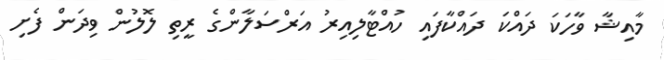
މާއިޝާ ވާހަކަ ދައްކަ ދައްކާފައި ހުއްޓާލިއިރު އަރްސަލާންގެ ރީތި ލޮލުން ވިދަން ފެށި